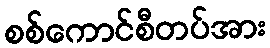
စစ်ကောင်စီတပ်အား